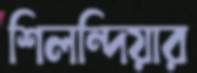
শিলন্দিয়ার